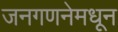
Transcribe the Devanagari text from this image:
जनगणनेमधून